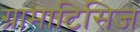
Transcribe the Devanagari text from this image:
ग्रामाटिसिज